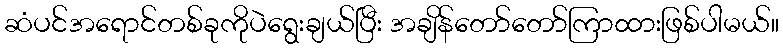
ဆံပင်အရောင်တစ်ခုကိုပဲရွေးချယ်ပြီး အချိန်တော်တော်ကြာထားဖြစ်ပါမယ်။